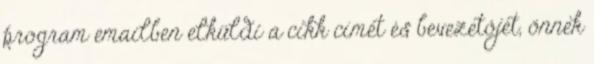
program emailben elküldi a cikk címét és bevezetőjét, önnek